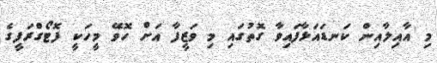
މި އާއިލާއިން ކަނޑައަޅާފައިވާ ގޮތުގައި މި ވަޒީފާ އަށް ހޮވޭ މީހަކީ ފޮޓޯގްރަފީގެ